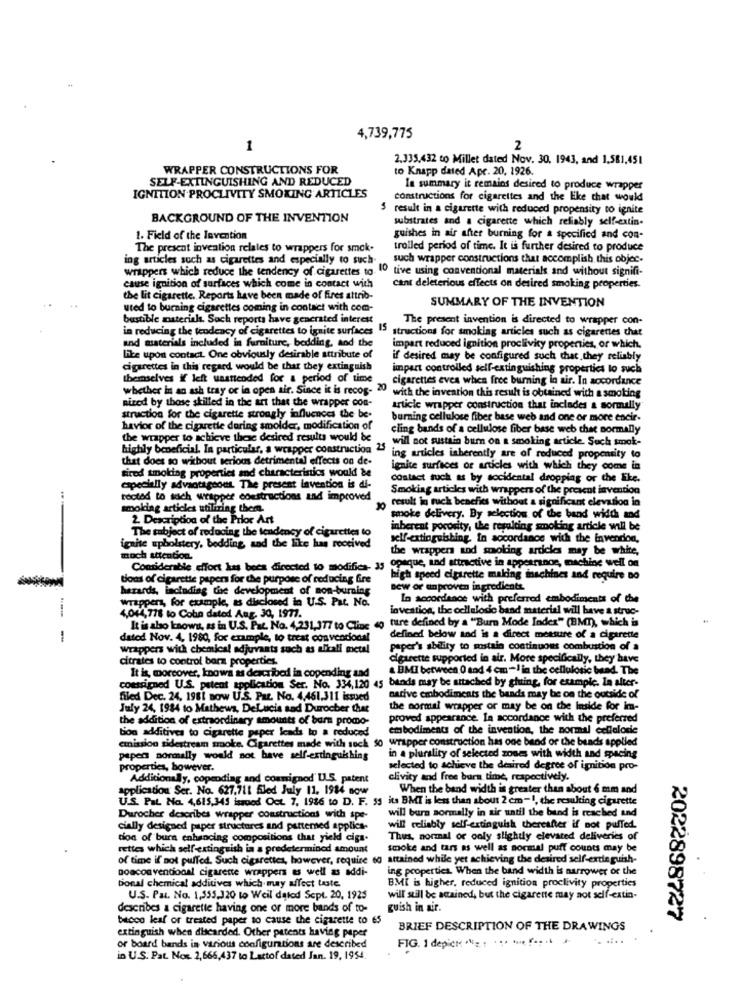
4,739,775
1
2
2.335,432 to Millet dated Nov. 30, 1943, and 1.581,451
WRAPPER CONSTRUCTIONS FOR
to Knapp dated Apr. 20, 1926.
SELF-EXTINGUISHING AND REDUCED
In summary it remains desired to produce wrapper
IGNITION PROCLIVITY SMOKING ARTICLES
constructions for cigarettes and the like that would
5 result in a cigarette with reduced propensity to ignite
BACKGROUND OF THE INVENTION
substrates and a cigarette which reliably self-extin.
1. Field of the Invention
guishes in air after burning for a specified and con-
The present invention relates to wrappers for smok-
trolled period of time. It is further desired to produce
ing articles such as cigarettes and especially to such-
such wrapper constructions that accomplish this objec.
wrappers which reduce the tendency of cigarettes to 1º tive using conventional materials and without signifi-
cause ignition of surfaces which come in contact with
cant deleterious effects on desired smoking properties.
the lit cigarette. Reports have been made of fires attrib-
uted to burning cigarettes coming in contact with com-
SUMMARY OF THE INVENTION
bustible materials. Soch reports have generated interest
The present invention is directed to wrapper con-
in reducing the tendency of cigarettes to ignite surfaces
15
structions for smoking articles such as cigarettes that
and materials included in furniture, bedding, and the
impart reduced ignition proclivity properties, or which.
lite upon contact. One obviously desirable attribute of
if desired may be configured such that they reliably
cigarettes in this regard would be that they extinguish
impart controlled self-extinguishing propertics lo such
themselves if left uasnicoded for a period of time
cigarettes eves when free burning la air. In accordance
whether in an ash tray or in open air. Since it is recog- 20
nized by those skilled in the art that the wrapper con-
with the invention this result is obtained with a smoking
article wrapper construction that includes a sormally
struction for the cigarette strongly influences the be-
burning cellulose fiber base web and one or more encir-
havior of the cigarette during smolder, modification of
cling bands of a cellulose fiber base web chat normally
the wrapper to achieve these desired results would be
will not sustain burn on a smoking article. Such smok-
highly beneficial. In particular, a wrapper constriction 23
that does so without serious detrimental effects on de-
ing articles inherently are of reduced propensity to
tired smoking properties and characterinics would be
ignite surfaces of articles with which they come in
contact such as by socidental dropplag or the like.
especially advantageous. The present invention is di-
Smoking articles with wrappers of the present invention
toctad to such wrapper constructions and improved
result in ruck benefits without a significant elevation in
smoking articles utilizing them.
2. Description of the Prior Art
smoke delivery. By selection of the band width and
The subject of reducing the tendency of cigarettes to
inberent porosity, the resulting smoking article will be
self-extinguishing. in accordance with the invendion,
ignite upholstery, bedding, and the like has received
the wrappers and smoking articles may be white,
moch attention.
Considerable effort kas bees directed to modifica, 33 cosque, and attractive in appearance, machine well on
tions of cigarette papers for the purpose of reducing fre
high speed cigarette making machine
machines and require no
hazards, including the development of non-burning
new or unproven ingredients
wrappers, for example, as disclosed in U.S. Pat. No.
In accordance with preferred embodiments of the
4,044,778 to Coba dated Aug. 30, 1977.
loveation, the cellulose band material will have a struc-
ture defined by a "Burn Mode Index" (BMT), which is
It is also known, as in U.S. Pat. No. 4,231,377 to Cline
---
datod Nov. 4, 1980, for example, to treat convencional
defined below and is a direct metsure of a cigarette
wrappers with chemical adjuvants such as alkali metal
paper's ability to sustain continuous combustion of a
citrates to control bara properties.
cigarette supported in air. More specifically, they have
BMI between 0 and 4 cm -1 in the cellulosic bead. The
coessigned U.S. patent application Ser. No. 334,120 45 banda may be attached by gluing, for example. In alter-
It is, moreover, knows as described in copending and
filed Dec. 24, 1981 now U.S. Par. No. 4,461,311 issued
native embodiments the bands may be on the outside of
July 24, 1984 to Mathews, DeLucia sad Durocher that
the normal wrapper or may be on the Inside for im-
the addition of extraordinary amounts of barn promo-
proved appearance. In accordance with the preferred
em bodiments of the invention, the normal cellelodie
tion additives to cigarette paper leads to a reduced
wrapper construction has one band or the bends applied
emission sidestream smoke. Cigarettes made with sock
paper normally would not have self-extinguishing
in a plurality of selected zones with width and spacing
properties, however.
selected to achieve the desired degree of ignition pro-
Additionally, copendiag and commignod' U.S. patent
clivity and free bura time, respectively.
application Ser. No. 627,711 fled July 11. 1984 now
When the band width is greater than about 6 mm and
U.S. PIL No. 4,615,345 isrood Oct. 7, 1986 to D. F. 55 its BMT is less than about 2 cm-1, the resulting cigarette
will burn sormally in air until the bund is reached and
Durocher describes wrapper constructions with spe-
cially designed paper structures and partemed applica-
will reliably self-extinguish thereafter if not puffed
tion of bura enhancing compositions that yield ciga.
Thus, normal or only slightly elevated deliveries of
rettes which self-extinguish in a predetermined amount
smoke and tars as well as normal puff counts may be
of time if not puffed. Such cigarettes, however, requise eg attained while yet achieving the desired self-exdie guish-
Doaconventional cigarette wrappers as well as addi-
ing properties. When the band width is narrower or the
tional chemical additives which may affect taste.
BMI is higher, reduced ignition proclivity properties
U.S. Pat. No. 1.555,320 to Weil dated Sept. 20, 1925
will still be scained, but the cigarette may not self-extin-
describes a cigarette having one or more bands of to-
guish in air.
bacco leaf or treated paper to cause the cigarette to 65
2022898727
extinguish when discarded. Other patents having paper
BRIEF DESCRIPTION OF THE DRAWINGS
FIG. 1 depict *= . . .. . ... .. .
or board bands in various configurations are described
in U.S. Pat. Nor. 2,666,437 to Lactof dated Jan. 19, 1954.